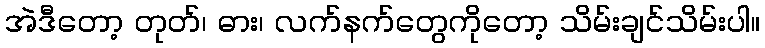
အဲဒီတော့ တုတ်၊ ဓား၊ လက်နက်တွေကိုတော့ သိမ်းချင်သိမ်းပါ။